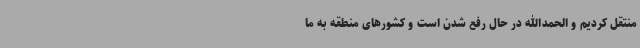
منتقل کردیم و الحمدالله در حال رفع شدن است و کشورهای منطقه به ما